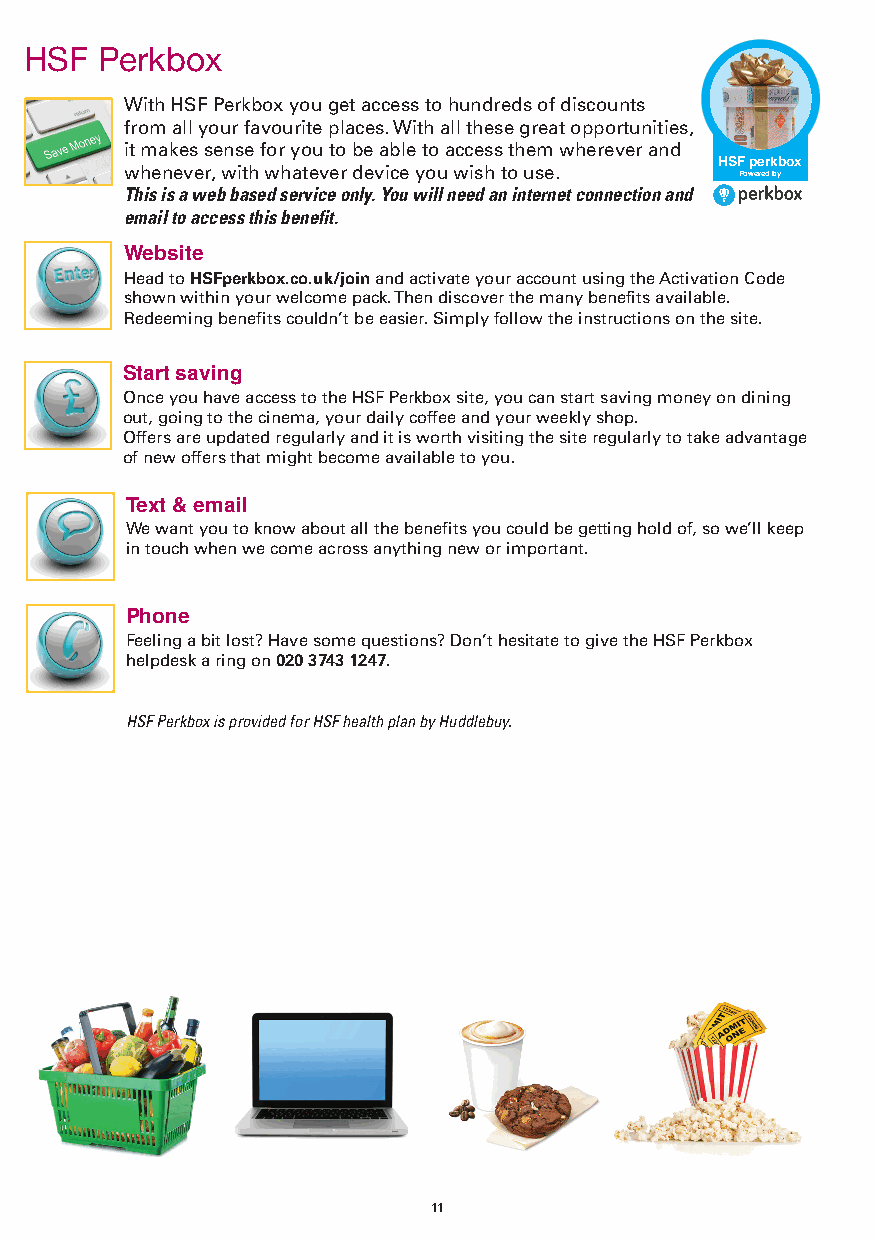
MD009 HSF UK Direct Full Brochure App Aug 2019.qxp_A5 brochure 09/08/2019 16:37 Page 11
 HSF  Perkbox
 With HSF Perkbox you get access to hundreds of discounts
 from all your favourite places. With all these great opportunities,
 it makes sense for you to be able to access them wherever and
 HSF perkbox
 whenever, with whatever device you wish to use.
 Powered by
 This is a web based service only. You will need an internet connection and
 email to access this benefit.
 Website
 Head to HSFperkbox.co.uk/join and activate your account using the Activation Code
 shown within your welcome pack. Then discover the many benefits available.
 Redeeming benefits couldn’t be easier. Simply follow the instructions on the site.
 Start saving
 Once you have access to the HSF Perkbox site, you can start saving money on dining
 out, going to the cinema, your daily coffee and your weekly shop.
 Offers are updated regularly and it is worth visiting the site regularly to take advantage
 of new offers that might become available to you.
 Text & email
 We want you to know about all the benefits you could be getting hold of, so we’ll keep
 in touch when we come across anything new or important.
 Phone
 Feeling a bit lost? Have some questions? Don’t hesitate to give the HSF Perkbox
 helpdesk a ring on 020 3743 1247.
 HSF Perkbox is provided for HSF health plan by Huddlebuy.
 11